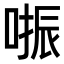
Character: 𠺲